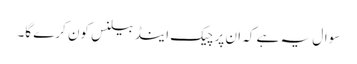
سوال یہ ہے کہ ان پر چیک اینڈ بیلنس کون کرے گا۔